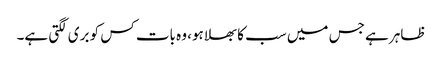
ظاہر ہے جس میں سب کا بھلا ہو، وہ بات کس کو بری لگتی ہے۔